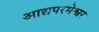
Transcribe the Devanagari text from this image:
आद्यपरमेश्वर